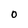
Character: 0